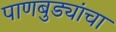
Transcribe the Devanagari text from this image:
पाणबुड्यांचा